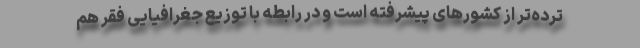
ترده‌تر از کشورهای پیشرفته است و در رابطه با توزیع جغرافیایی فقر هم